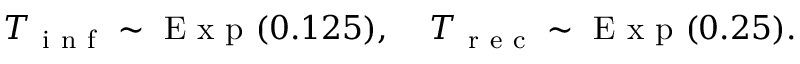
T _ { \mathrm { ~ i ~ n ~ f ~ } } \sim \mathrm { ~ E ~ x ~ p ~ } ( 0 . 1 2 5 ) , \; \; \; \; T _ { \mathrm { ~ r ~ e ~ c ~ } } \sim \mathrm { ~ E ~ x ~ p ~ } ( 0 . 2 5 ) .